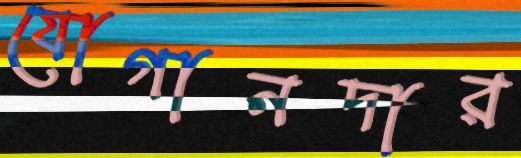
যোগানদার